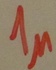
Text: 1µ